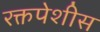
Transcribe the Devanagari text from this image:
रक्तपेशीस